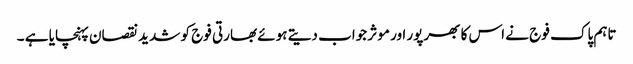
تاہم پاک فوج نے اس کا بھرپور اور موثر جواب دیتے ہوئے بھارتی فوج کو شدید نقصان پہنچایا ہے ۔